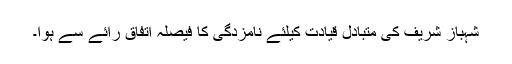
شہباز شریف کی متبادل قیادت کیلئے نامزدگی کا فیصلہ اتفاق رائے سے ہوا۔